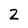
Character: 2